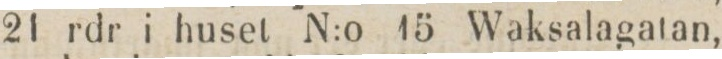
21 rdr i huset N:o 15 Waksalagatan,